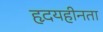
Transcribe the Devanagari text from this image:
हृदयहीनता